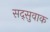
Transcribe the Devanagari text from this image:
सद्सुवाक